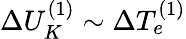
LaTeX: \Delta U_{K}^{(1)}\sim\Delta T_{e}^{(1)}